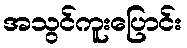
အသွင်ကူးပြောင်း